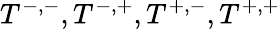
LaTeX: T^{-,-},T^{-,+},T^{+,-},T^{+,+}